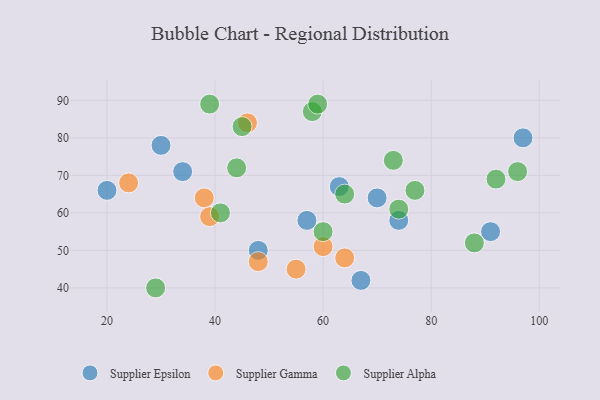
{"axis": {"x": "GDP", "y": "Life Expectancy"}, "legend": ["Supplier Alpha", "Supplier Epsilon", "Supplier Gamma"], "data": [{"x": "57", "y": 58, "type": "Supplier Epsilon"}, {"x": "20", "y": 66, "type": "Supplier Epsilon"}, {"x": "70", "y": 64, "type": "Supplier Epsilon"}, {"x": "30", "y": 78, "type": "Supplier Epsilon"}, {"x": "67", "y": 42, "type": "Supplier Epsilon"}, {"x": "91", "y": 55, "type": "Supplier Epsilon"}, {"x": "34", "y": 71, "type": "Supplier Epsilon"}, {"x": "63", "y": 67, "type": "Supplier Epsilon"}, {"x": "97", "y": 80, "type": "Supplier Epsilon"}, {"x": "74", "y": 58, "type": "Supplier Epsilon"}, {"x": "48", "y": 50, "type": "Supplier Epsilon"}, {"x": "38", "y": 64, "type": "Supplier Gamma"}, {"x": "46", "y": 84, "type": "Supplier Gamma"}, {"x": "60", "y": 51, "type": "Supplier Gamma"}, {"x": "24", "y": 68, "type": "Supplier Gamma"}, {"x": "48", "y": 47, "type": "Supplier Gamma"}, {"x": "39", "y": 59, "type": "Supplier Gamma"}, {"x": "55", "y": 45, "type": "Supplier Gamma"}, {"x": "64", "y": 48, "type": "Supplier Gamma"}, {"x": "73", "y": 74, "type": "Supplier Alpha"}, {"x": "92", "y": 69, "type": "Supplier Alpha"}, {"x": "41", "y": 60, "type": "Supplier Alpha"}, {"x": "44", "y": 72, "type": "Supplier Alpha"}, {"x": "58", "y": 87, "type": "Supplier Alpha"}, {"x": "59", "y": 89, "type": "Supplier Alpha"}, {"x": "60", "y": 55, "type": "Supplier Alpha"}, {"x": "96", "y": 71, "type": "Supplier Alpha"}, {"x": "39", "y": 89, "type": "Supplier Alpha"}, {"x": "45", "y": 83, "type": "Supplier Alpha"}, {"x": "29", "y": 40, "type": "Supplier Alpha"}, {"x": "77", "y": 66, "type": "Supplier Alpha"}, {"x": "64", "y": 65, "type": "Supplier Alpha"}, {"x": "88", "y": 52, "type": "Supplier Alpha"}, {"x": "74", "y": 61, "type": "Supplier Alpha"}]}